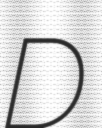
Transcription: D